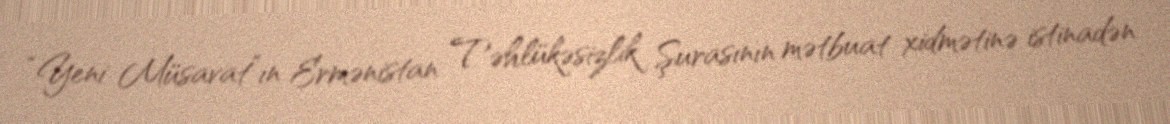
“Yeni Müsavat”ın Ermənistan Təhlükəsizlik Şurasının mətbuat xidmətinə istinadən